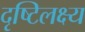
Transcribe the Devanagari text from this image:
दृष्टिलक्ष्य